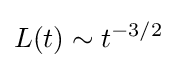
L(t)\sim t^{-3/2}